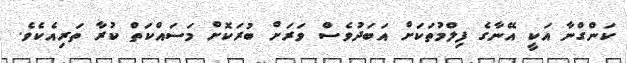
ކަންގްނާ އަކީ އޭނާގެ ފިލްމުތަކަށް އަބަދުވެސް ވަރަށް ބުރަކޮށް މަސައްކަތް ކުރާ ތަރިއެކެވެ.